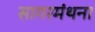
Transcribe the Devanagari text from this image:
सागरमंथना